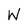
Character: W